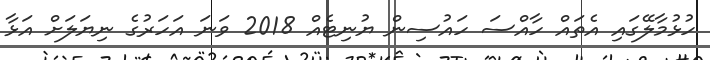
ހުޅުމާލޭގައި އެތައް ހާއްސަ ހައުސިން ޔުނިޓެއް 2018 ވަނަ އަހަރުގެ ނިޔަލަށް އަޅާ